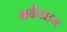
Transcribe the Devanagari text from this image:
मर्केडाइज